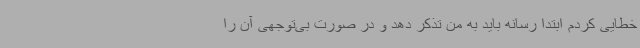
خطایی کردم ابتدا رسانه باید به من تذکر دهد و در صورت بی‌توجهی آن را